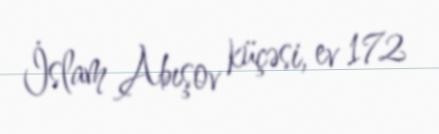
İslam Abışov küçəsi, ev 172